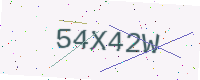
Text: 54X42W